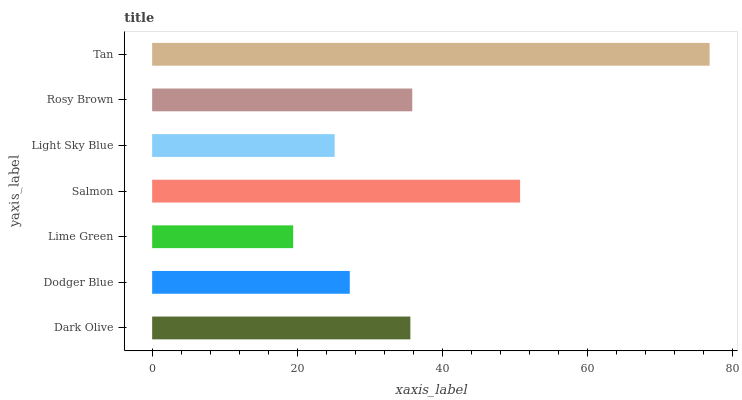
| yaxis_label | bars |
 | --- | --- |
 | Dark Olive | 35.6 |
 | Dodger Blue | 27.2 |
 | Lime Green | 19.4 |
 | Salmon | 50.7 |
 | Light Sky Blue | 25.2 |
 | Rosy Brown | 35.9 |
 | Tan | 76.9 |